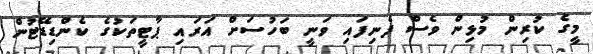
މީގެ ކުރިން މުޅިން ވެސް ފެނިފައި ވަނީ ބަހުސަށް އަރައި ޕާޓީތަކުގެ ކެންޑިޑޭޓުން